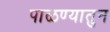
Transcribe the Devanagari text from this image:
पाळण्यातुन